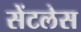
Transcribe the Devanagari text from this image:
सेंटलेस